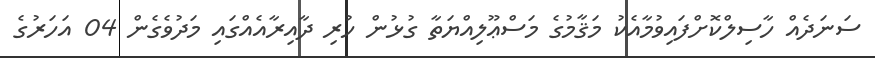
ސަނަދެއް ހާސިލްކޮށްފައިވުމާއެކު މަޤާމުގެ މަސްޢޫލިއްޔަތާ ގުޅުން ހުރި ދާއިރާއެއްގައި މަދުވެގެން 04 އަހަރުގެ